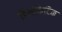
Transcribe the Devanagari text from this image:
डिमॉक्रेटिक